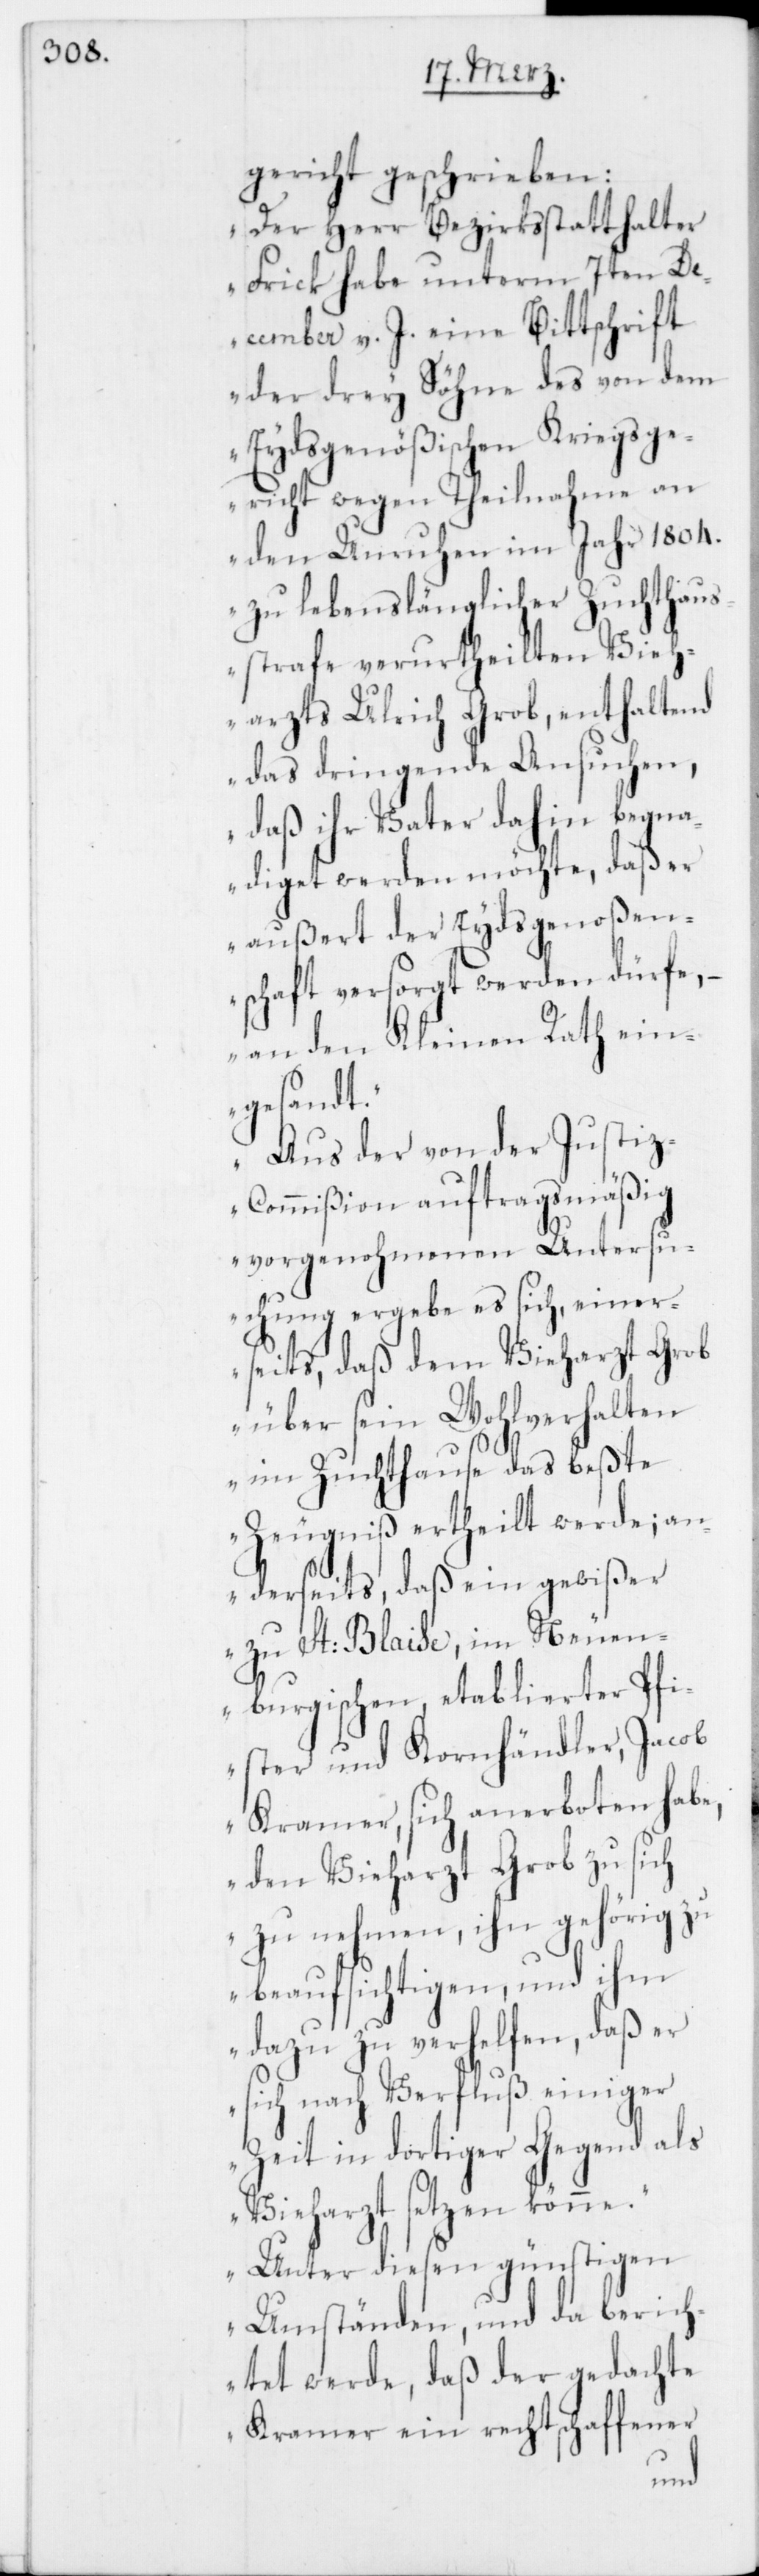
gericht geschrieben:
„Der Herr Bezirksstatthalter
Frick habe unterm 7ten D¬
ecember v. J. eine Bittschrift
der drey Söhne des von dem
Eydsgenößischen Kriegsge¬
richt wegen Theilnahme an
den Unruhen im Jahr 1804.
zu lebenslänglicher Zuchthaus¬
strafe verurtheilten Vieh¬
arzts Ulrich Grob, enthaltend
das dringende Ansuchen,
daß ihr Vater dahin begna¬
diget werden möchte, daß er
außert der Eydsgenoßen¬
schaft versorgt werden dürfe,
an den Kleinen Rath ein¬
gesandt.
Aus der von der Justi¬
z-Commißion auftragsmäßig
vorgenohmenen Untersu¬
chung ergebe sich, einer¬
seits, daß dem Vieharzt Grob
über sein Wohlverhalten
im Zuchthause das beßte
Zeugniß ertheilt werde; an¬
derseits, daß ein gewißer
zu St. Blaise, im Neuen¬
burgischen, etablierter Pfi¬
ster und Kornhändler, Jacob
Kramer, sich anerboten habe,
den Vieharzt Grob zu sich
zu nehmen, ihn gehörig zu
beaufsichtigen, und ihm
dazu zu verhelfen, daß er
sich nach Verfluß einiger
Zeit in dortiger Gegend als
Vieharzt setzen könne.
Unter diesen günstigen
Umständen, und da berich¬
tet werde, daß der gedachte
Kramer ein rechtschaffener